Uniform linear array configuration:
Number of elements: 24
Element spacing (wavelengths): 1
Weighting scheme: blackman
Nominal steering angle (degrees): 15
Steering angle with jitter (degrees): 14.681
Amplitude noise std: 0.05
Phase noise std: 0.05

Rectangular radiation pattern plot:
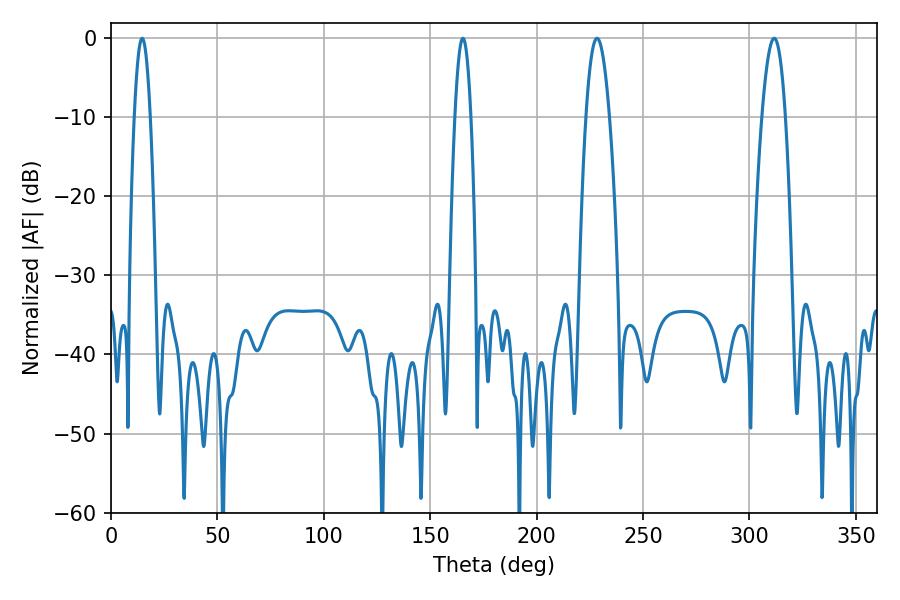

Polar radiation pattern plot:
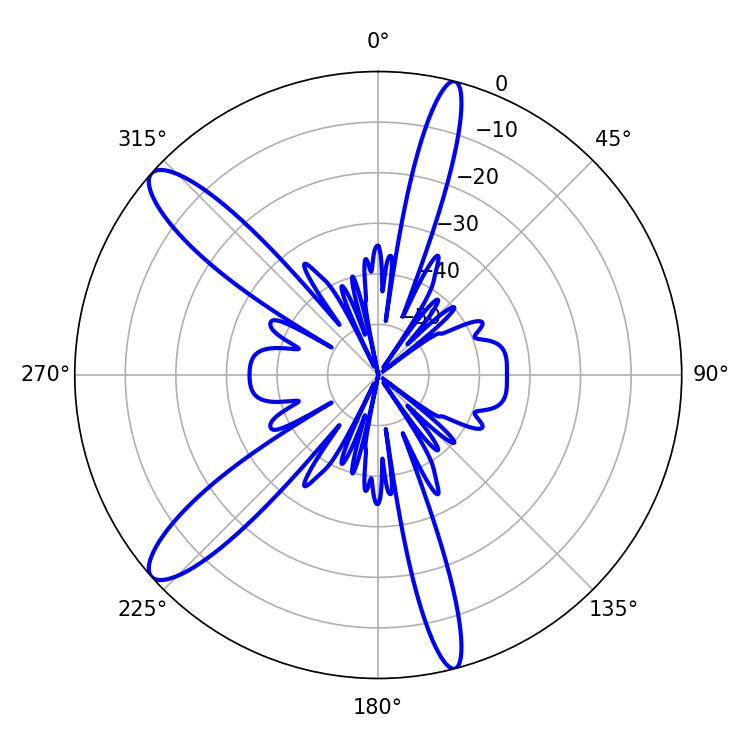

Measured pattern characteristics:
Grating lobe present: TRUE
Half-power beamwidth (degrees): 5.94
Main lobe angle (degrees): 228.42